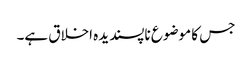
جس کا موضوع ناپسندیدہ اخلاق ہے۔